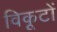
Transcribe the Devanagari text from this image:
विकूटों